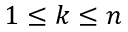
1 \leq k \leq n